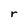
Character: r